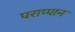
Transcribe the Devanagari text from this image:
पराप्पान